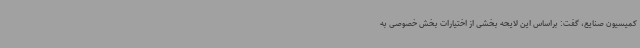
کمیسیون صنایع، گفت: براساس این لایحه بخشی از اختیارات بخش خصوصی به